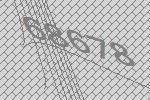
68678